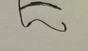
Signature authenticity: forged